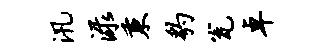
汛渌秉豹瓮卓